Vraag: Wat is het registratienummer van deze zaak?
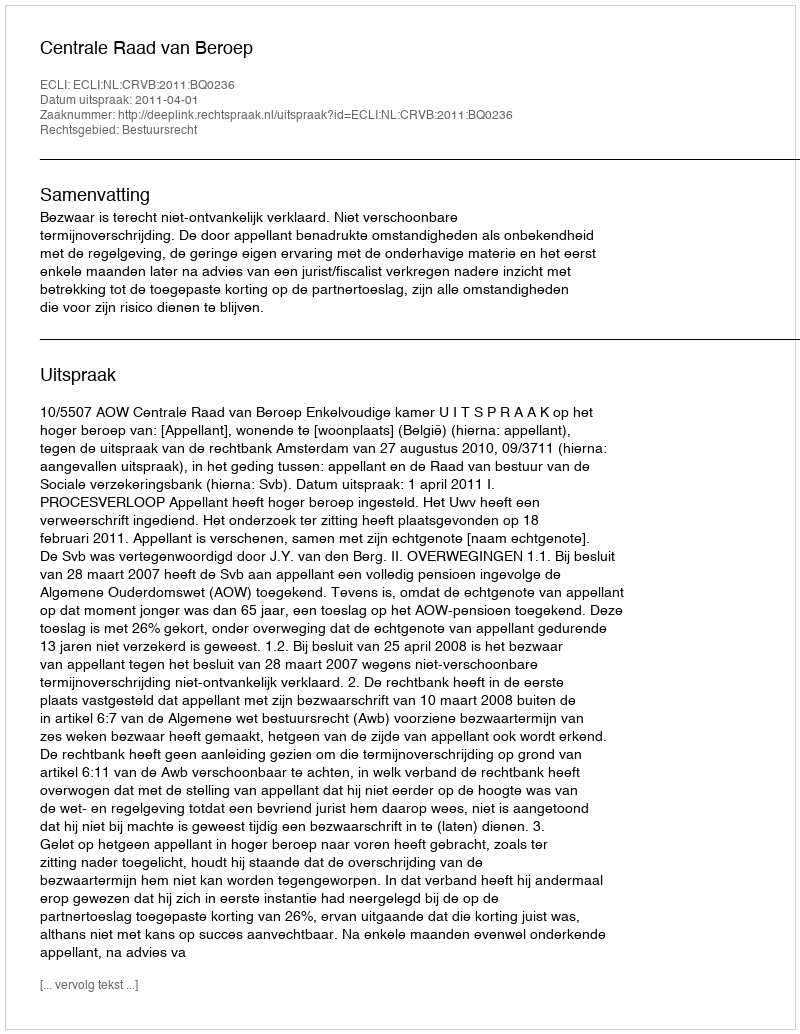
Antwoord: http://deeplink.rechtspraak.nl/uitspraak?id=ECLI:NL:CRVB:2011:BQ0236